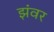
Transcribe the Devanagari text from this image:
झंवर